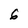
Character: 6